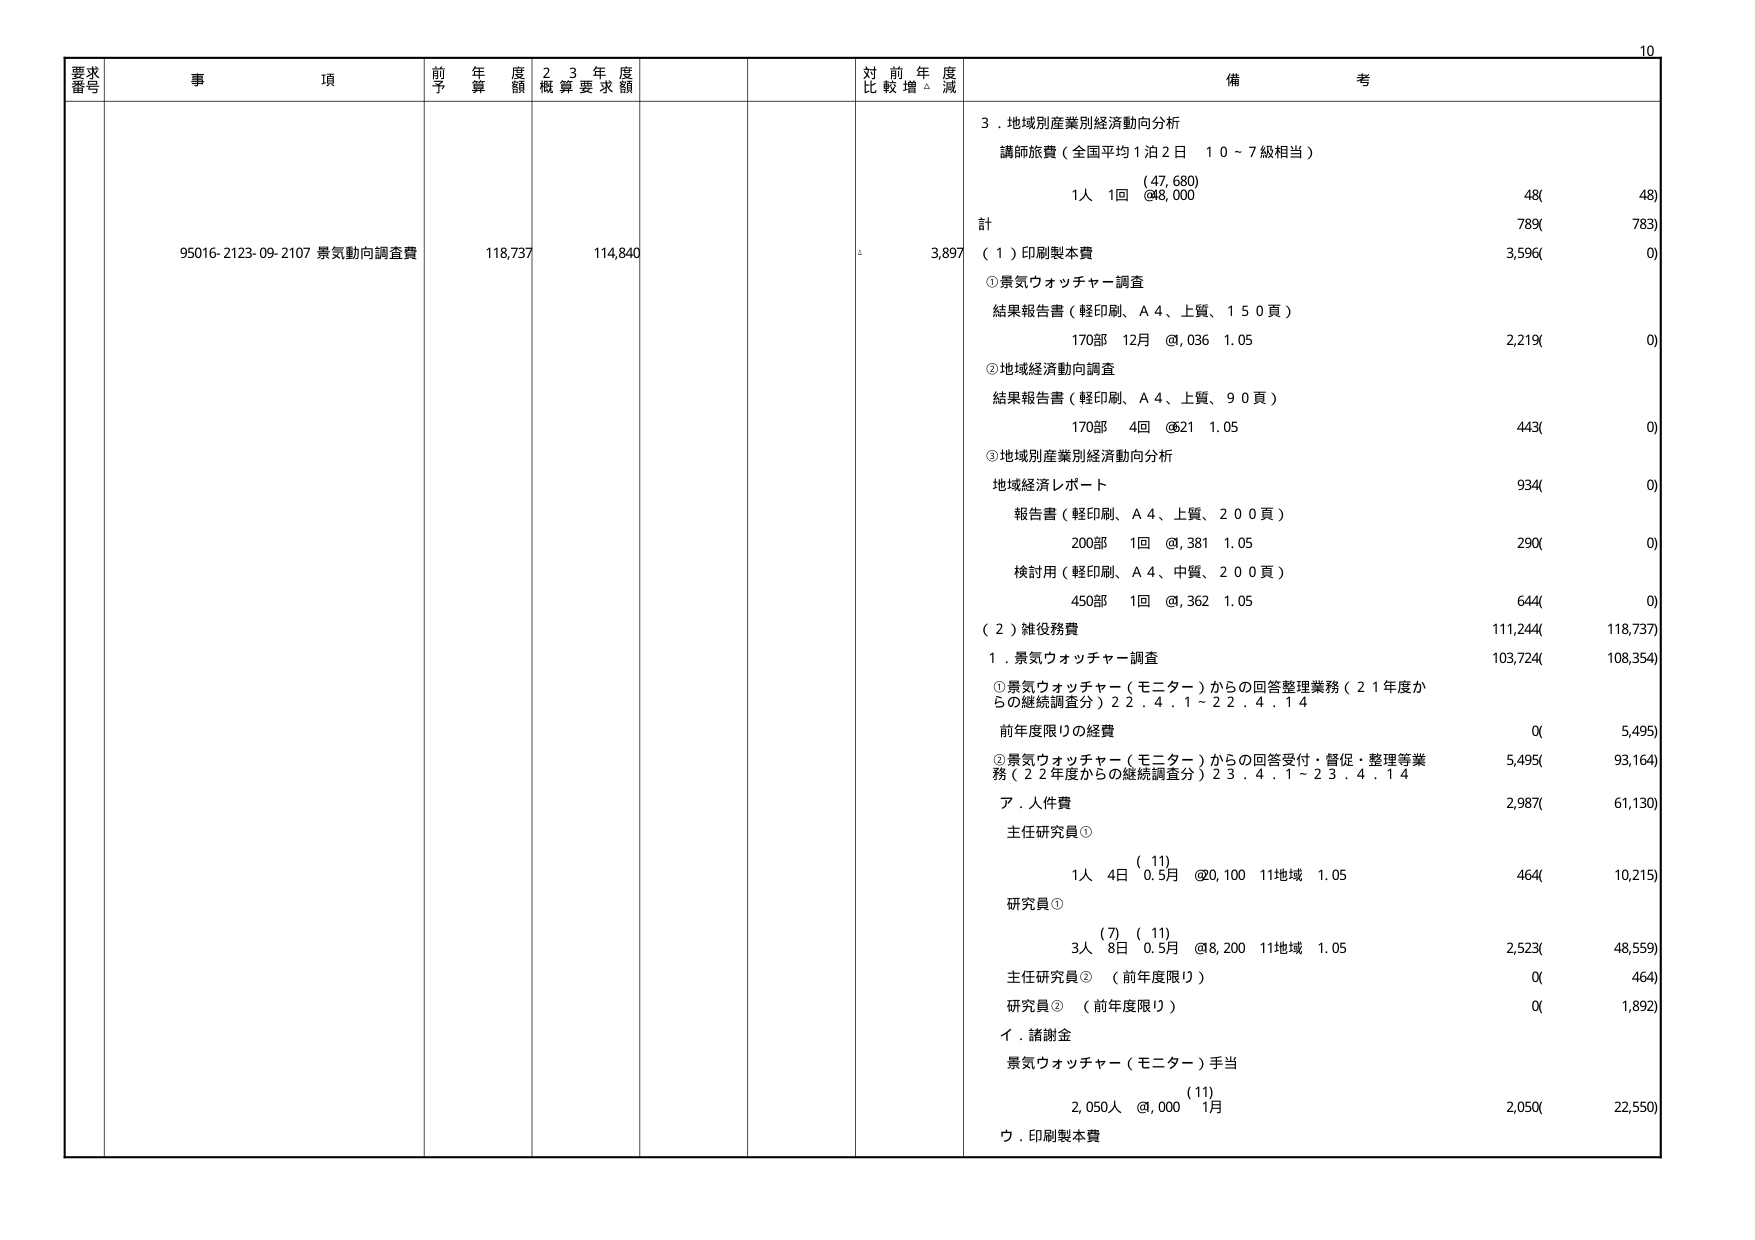
要求番号
事項
前年度予算額
23年度概算要求額
対前年度比較増減
備考
95016-2123-09-2107 景気動向調査費
118,737
114,840
3,897
3．地域別産業別経済動向分析
講師旅費（全国平均1泊2日 10～7級相当）
(47,680)
1人 1回 @8,000
48(
48)
計
789(
783)
(1)印刷製本費
3,596(
0)
①景気ウォッチャー調査
結果報告書（軽印刷、A4、上質、150頁）
170部 12月 @,036 1.05
2,219(
0)
②地域経済動向調査
結果報告書（軽印刷、A4、上質、90頁）
170部 4回 @21 1.05
443(
0)
③地域別産業別経済動向分析
地域経済レポート
報告書（軽印刷、A4、上質、200頁）
200部 1回 @,381 1.05
290(
0)
検討用（軽印刷、A4、中質、200頁）
450部 1回 @,362 1.05
644(
0)
(2)雑役務費
111,244(
118,737)
1．景気ウォッチャー調査
103,724(
108,354)
①景気ウォッチャー（モニター）からの回答整理業務（21年度からの継続調査分）22.4.1～22.4.14
前年度限りの経費
0(
5,495)
②景気ウォッチャー（モニター）からの回答受付・督促・整理等業務（22年度からの継続調査分）23.4.1～23.4.14
ア．人件費
2,987(
61,130)
主任研究員①
(11)
1人 4日 0.5月 @0,100 11地域 1.05
464(
10,215)
研究員①
(7) (11)
3人 8日 0.5月 @8,200 11地域 1.05
2,523(
48,559)
主任研究員② （前年度限り）
0(
464)
研究員② （前年度限り）
0(
1,892)
イ．諸謝金
景気ウォッチャー（モニター）手当
(11)
2,050人 @,000 1月
2,050(
22,550)
ウ．印刷製本費